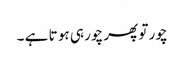
چور تو پھر چور ہی ہو تا ہے ۔